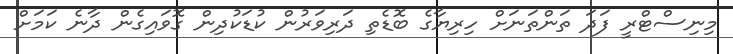
މިނިސްޓްރީ ފަދަ ތަންތަނަށް ހިރިޔާގެ ބޮޑެތި ދަރިވަރުން ކުޑަކުދިން ގޮވައިގެން ދާނެ ކަމަށް